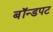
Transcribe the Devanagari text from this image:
बॉन्डपट